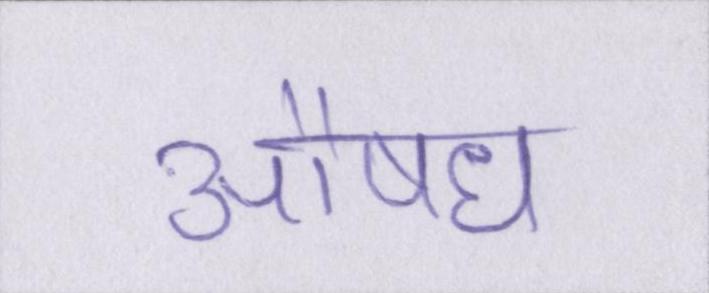
औषध